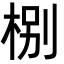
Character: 㭭